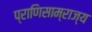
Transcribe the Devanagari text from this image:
प्राणिसाम्राज्य